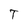
Character: T